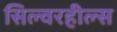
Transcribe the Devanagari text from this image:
सिल्वरहील्स